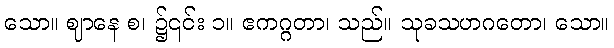
သော။ ဈာနေ စ၊ ၌၎င်း ၁။ ဧကဂ္ဂတာ၊ သည်။ သုခသဟဂတော၊ သော။